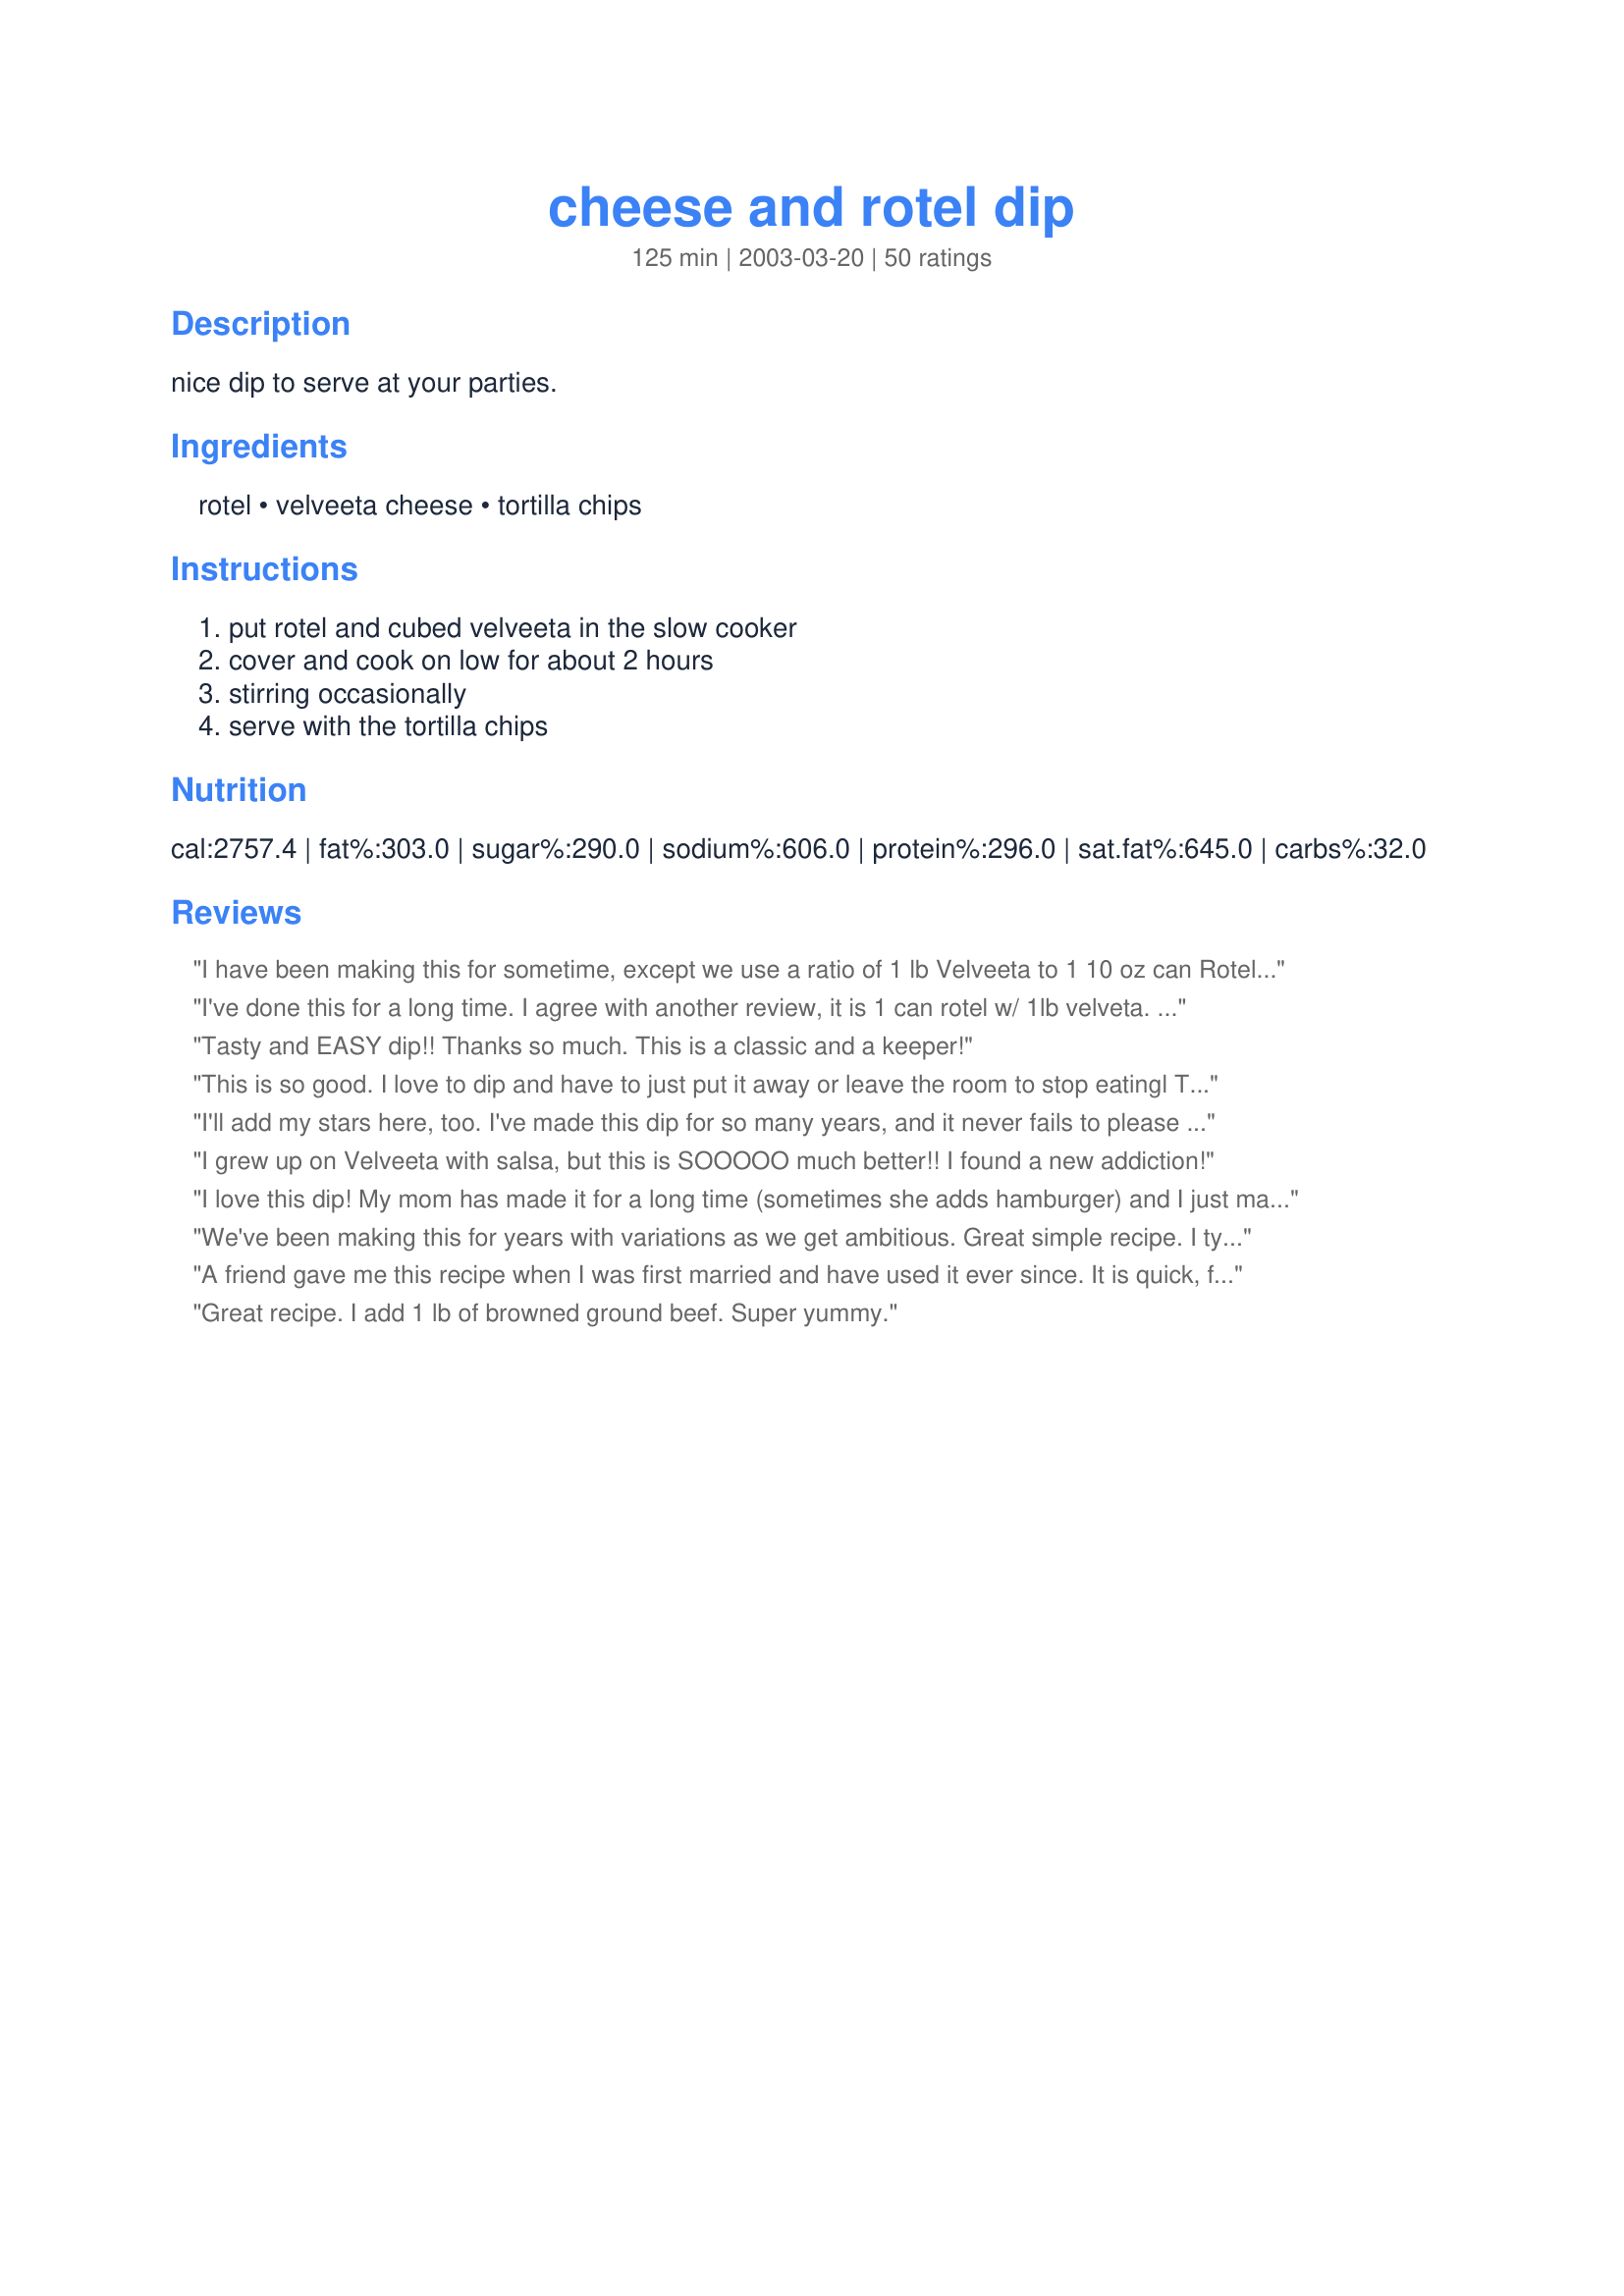
cheese and rotel dip
Preparation time: 125 minutes

nice dip to serve at your parties.

Ingredients:
rotel, velveeta cheese, tortilla chips

Steps:
put rotel and cubed velveeta in the slow cooker, cover and cook on low for about 2 hours, stirring occasionally, serve with the tortilla chips

Reviews:
I have been making this for sometime, except we use a ratio of 1 lb Velveeta to 1 10 oz can Rotel. This is definitely super yummy, easy, and inexpensive. I would recommend using name brands for this particular recipe for the best flavor.
I've done this for a long time. I agree with another review, it is 1 can rotel w/ 1lb velveta. I'm glad to see that someone put this here. It's amazing how many people haven't heard of it. A couple hints from experience. 1. The lower the melting temperature, the thinner the cheese dip (if too hot, it will get too thick). I suggest a double boiler. 2. I also add a couple tbls or pace picante sace at the beginning (if later it doesn't work right) to make it spicer. 3. reheating it you may want to add a little milk to keep it from being too thick. If you haven't tried this, you're missing out.
Tasty and EASY dip!! Thanks so much. This is a classic and a keeper!
This is so good. I love to dip and have to just put it away or leave the room to stop eatingl Thanks for posting.
I'll add my stars here, too. I've made this dip for so many years, and it never fails to please the crowd.
I grew up on Velveeta with salsa, but this is SOOOOO much better!! I found a new addiction!
I love this dip! My mom has made it for a long time (sometimes she adds hamburger) and I just made it the other day for a luncheon that I catered and it was a big hit there as well! Will definitely be making this again. Thanks for posting!
We've been making this for years with variations as we get ambitious. Great simple recipe. I typically put it in the microwave to heat a minute at a time stirring in between.
A friend gave me this recipe when I was first married and have used it ever since. It is quick, flavorable, and nice to have the cheese sauce always warm for your quest to help themselves.
Great recipe. I add 1 lb of browned ground beef. Super yummy.
Old favorite
How about this recipe in microwave
Add a package of sausage! Trust me and I&#039;m not even a sausage fan.
I haven't made this in years, but I was thinking about it today, so I made it for our snackies tonight. Love this stuff!!!!
I first tasted this dip at a classmates birthdy party in 7th grade (many years ago) and thought his mom was a gourmet cook! It is the only way we eat cheese dip, esp. now that rotel has several different heats, flavors etc. NO SALSA ALLOWED! Thanks for posting!
I make this dip several times a year and everyone always loves it. Sometimes I mix it up and saute onions and then mix them into the dip. It adds some more flavor and people also like it this way too!
This is another family favorite. We eat it not only as a dip but as cheese sauce for our burritos too.
This stuff is. Soooo. GOOD. It's always a hit, either as-written or with some browned ground beef added to bulk it up. I usually zap it all together in the microwave!
Was introduced to this delicious dip when I was a teenager. I love it, crave it, and actually get cranky if I go too long without it (ask my husband). At my house, this is a must-have item for football Sundays and work potlucks. Glad to see it posted here.
I dont know how recipes get eaiser than this!!! The only change I sometimes make is to add a little milk at the end to thin it out a bit. My dh absolutly loves it. We have it with fritos, or tortilla chips. Thanks for sharing!
I've been making this for years, as it's always a favorite. My teen age daughter makes it now for her friends when they come over and it's always a hit. Thanks for posting!
I add in can of Hormel chili with or without beans too. Yummy either way!
I make this too, but I put 2 cans of Rotel and a pound of browned ground beef. Yummy!
My son makes a recipe similar to this except that he adds in a can of hormel chile and sometimes uses velveeta mexican cheese in place of regular velveeta. I prefer the regular-either way this dip is very yummy!! Thanks for sharing!
We do it in the microwave for 5 minutes and it may be thick but we like it that way
Did this recipe for Easter for about 28 people. Doubled the recipe and it was gone before I could even get to it! I added a diced jalapeno as well as a little Cayenne pepper. I&#039;m making it again tonight for a dinner party.
This was very good but I needed to stir it a few times because a film would develop and when it started the water from the tomatoes rose to the top.. It was a hit though.
This was nice. It has very few ingredients to tote along andthe girls loved it. I served this at DD's 13th birthday party at the hotel and it was perfect. Thank you for sharing this easy to put together dip that they all loved.
Love this...usually add Italian sausage to this as well.
I make this dip all the time for different parties, events, and even pot lucks. This can be done in a microwave if you cube the cheese as well as on the stove top. This also stores well for reheating later! This is definately a repeat recipe in my household!
Yum! Fantastic party dip and I loved your reviewer's idea to add 2 Tbsp. picante sauce to add extra flavor and texture! Thanks for posting this classic!
Very good. I added a package of cream cheese, and that made it a little clumpy :-) Everyone loved it! Thanks!
I made this to take to work. It was certainly a big hit. They couldn't get over how easy it was to make. Next time I will try the carmilized onions. Thanks Range Rover for sharing such a tasty and easy recipe.
This is the recipe I use, cut in half, and add about 2/3 can diced jalepenos. I microwave mine two minutes at a time, stiring in between till its nice and hot! awesome nachos!
The Velveeta makes this absolutely disgusting and inedible. Velveeta was never a great cheese-like product but the current version is truly gross. There are many mild, smooth melting cheeses that would all be an improvement. I tried this once and had to throw it all away it was so bad, not even the great Rotel taste could save it.
This is my absolute favorite dip for tortilla chips. Just make sure you use the crockpot to keep it warm.
You can not go wrong with this dip. I have been making this dip for 25 years and everyone is addicted to it!
This is the classic way to make the dip. I even use a little less cheese because I prefer a thinner consistency and spicier flavor.
Okay, I admit it... I make this stuff, too. I've never really considered it an actual recipe, since it's so easy - I usually do the initial melting in the microwave and transfer it to the crockpot (see Taco Bell Cheesy Fiesta Potatoes #105948 for microwave example). It really is rich and creamy and wonderful. I don't usually buy Velveeta, but I get some during the winter holidays just to make this dip. :) I use both Rotel or whatever salsa I have at the time.
Easy and great. I, too, have been making this for years (since the early 70's). I blend the Rotel in a food processor before adding it to the cheese.

Toni in Colorado
This is my favorite dip! If it's just for me, I just put it in the microwave. YUM!!
delish and nice to have such a simple recipe.
We have been making this for years!!! Love it!!! Add a little milk to make it thinner and easier to scoup with a spoon when it cools a bit.
WOW! How easy and delicious. I make certain I have the ingredients in my pantry at all times and have not purchased cheese dip since I found this recipe here. It is a hit with all. I make just as printed. Why mess with perfection? 
 Thanks Range Rover.
kids just loved this!! Made this for my daughter Kits birthday party with her swim team and all the kids loved it. I used the blender to liquify chunky tomatoes (for those picky eaters) and the kids were none the wiser. I usually add some water to make this dip easier to ladle over nachos, and needs stirring to keep from "film" over the surface.
I'm giving this five stars just for the fact that it is so easy and quick to make!
Like many others here, I have also been making this for decades. I heat the Rotel in a saucepan along with 1/2 tsp of cumin seeds, then add the cubes of Velveeta. Just before ready to serve I throw in cubes of cream cheese and stir constantly until they are ALMOST totally blended.
(I miss the original Rotel, the one with whole tomatoes! But I just saw on the Rotel website they have a "Chunky" version that isn't currently available in my area - I'll keep looking for it...)
For being such a simple recipe, this really is great. I used two pounds of velveeta and two cups of salsa and just melted it in the microwave. Big hit, thanks!
This is the national dip of Arkansas, who I read is No 1 in consumption of velveeta cheese. I add 1/4 tsp garlic powder, 1 tsp ground cumin, 1/2 tbsp chili powder, and about 1/3 cup milk to assist with the creaminess of this cheese dip....
I was first introduced to this in college by my then boyfriend (now dh of 15 yrs); it has become a staple in our house ever since...over chips, in burritos and tacos, even over baked potatoes. Somehow it never gets old, and yet it is easy enough that my 8 yr old can make it for Daddy by herself. :o) We usually do 1 lb of Velveeta to 1 can of RoTel, though; guess we like it spicier...also a breeze to make in the microwave, just nuke for a minute, then stir, and repeat until it's ready.
